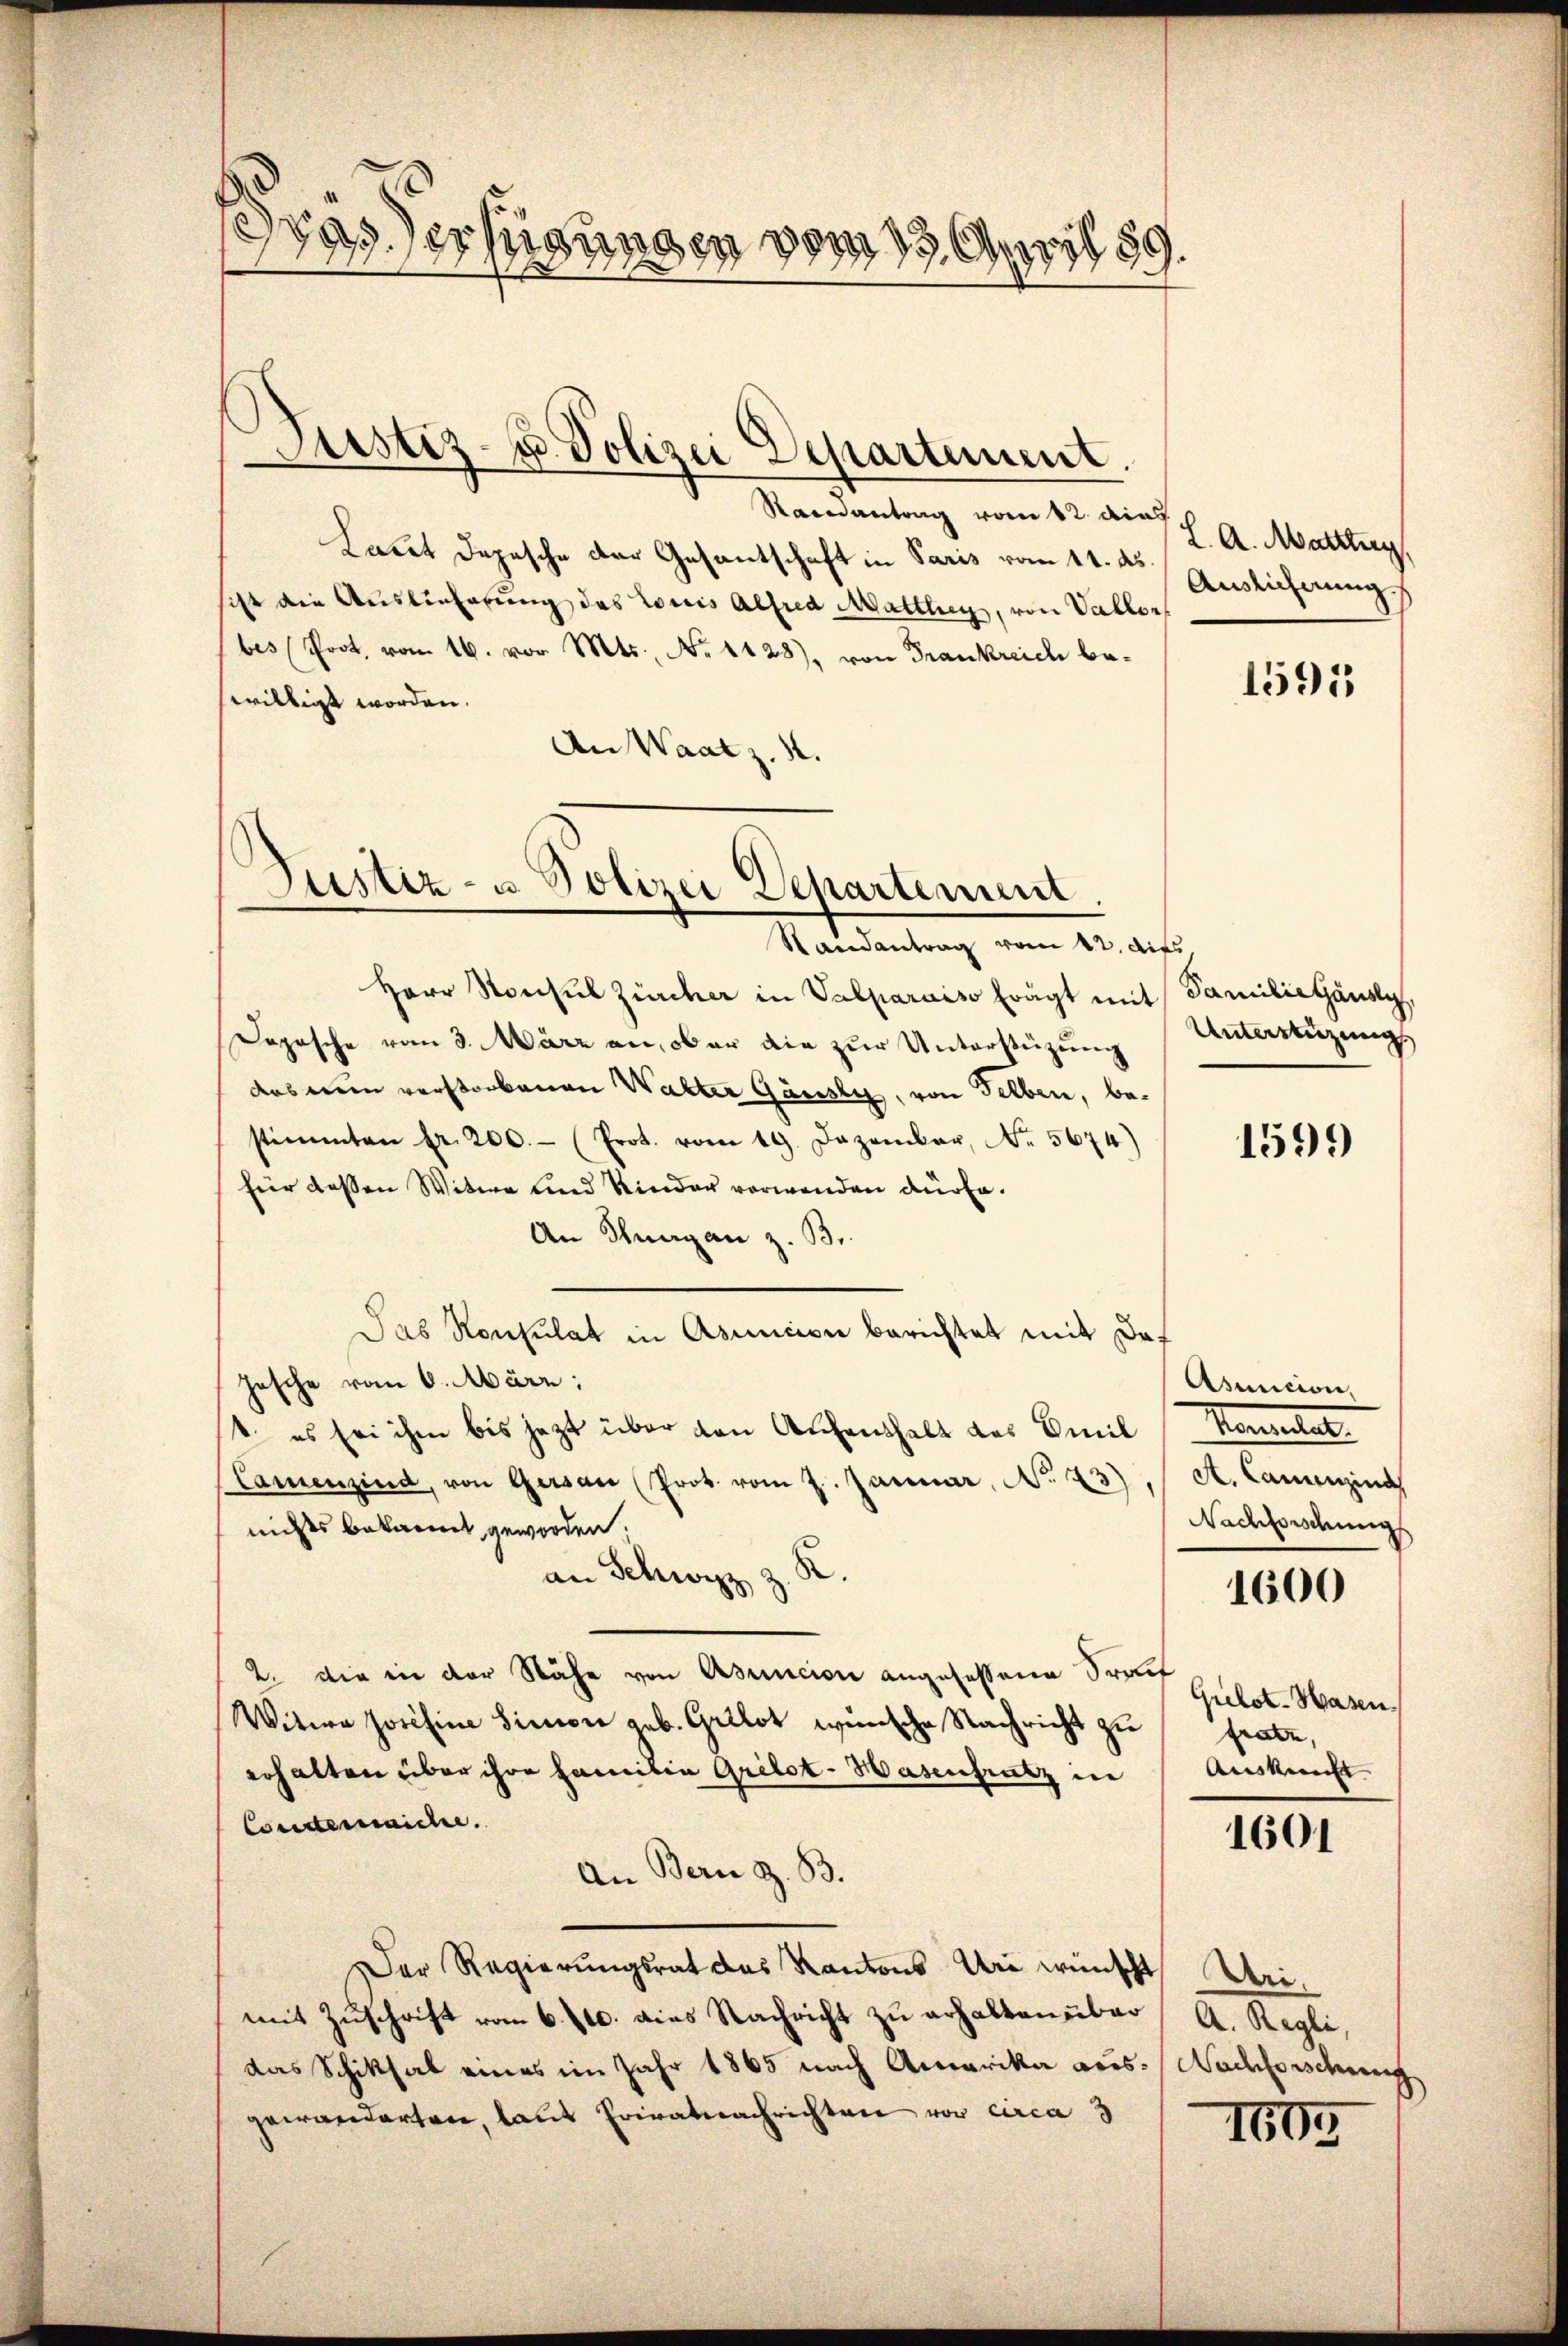
Was erfügungen vom 13. April 199.

Justiz- u. Polizei Departement.

Ramantrag vom 12. dies
Laut Depesche der Gesantschaft in Paris vom 11. ds. Auslicherung
ist die Auslieferung des Louis Alfred Mattler, von Vallor
bes Prot. vom 16. vor. Mts., No 1128), von Frankreich bewilligt worden.
An Waatz. 4.

Justiz- u Polizei Departement
Randantrag vom 12. dies

Herr Konsul Zürcher in Valparaiso frägt mit Familie ausly,
Dopische vom 3. März an, ober die zur Unterstüzung Unterstüzungs
das mein verstorbenen Walter Gänsly, von selben, bestimmten fr. 200.- (Prot. vom 19. Dezember, No. 5674)
für dessen Witwe und Kinder vorwanden dürfe.
An Thurgan z. B.
Das Konsulat in Asuncion berichtet mit da-
jesche vom 6. März;
1. es sei ihm bis jetzt über den Aufenthalt das Emil
Camenzind, von Gersau (Prot. vom 7. Januar, No. 43),
nichts bekannt geworden,
.
an Schwyz 3.
2. die in der Nähe von Asuncion angesessene Serif
Witwe Josefine Simon geb. Grilot wünsche Nachricht zu
erhalten über ihre Familia Grilot-Hasenfrütz in
Condermache.
An Bern z. B.
Der Regierungsrat das Kantons Uri wünscht Urimit Zŭschrift vom 6./10. dies Nachricht zu erhalten über
das Schiksal eines im Jahr 1865 nach Amerika aus Nachforschweig
gewanderten, laut Erivatnachrichten vor circa 3

L. A. Mattlerg

1595

1599

Asmicion,
Kometer
A. Cameind
Nachfordung

1600

Grilot-Hasen.
frate,
Aussicht

1601

A. Regli,

1605